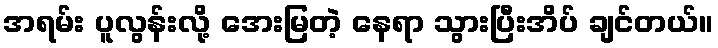
အရမ်း ပူလွန်းလို့ အေးမြတဲ့ နေရာ သွားပြီးအိပ် ချင်တယ်။